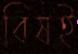
বিষই